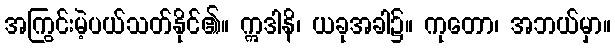
အကြွင်းမဲ့ပယ်သတ်နိုင်၏။ ဣဒါနိ၊ ယခုအခါ၌။ ကုတော၊ အဘယ်မှာ။